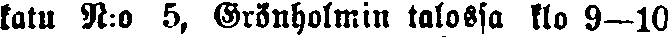
katu N:o 5, Grönholmin talossa klo 9—10